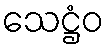
သေဋ္ဌံဝ